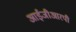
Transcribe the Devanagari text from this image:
आईजीआरपी